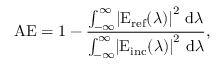
\mathrm { A E } = 1 - \frac { \int _ { - \infty } ^ { \infty } \! \left| \mathrm { E } _ { \mathrm { r e f } } ( \lambda ) \right| ^ { 2 } \, \mathrm { d } \lambda } { \int _ { - \infty } ^ { \infty } \! \left| \mathrm { E } _ { \mathrm { i n c } } ( \lambda ) \right| ^ { 2 } \, \mathrm { d } \lambda } ,